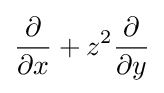
{\frac {\partial }{\partial x}}+z^{2}{\frac {\partial }{\partial y}}